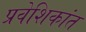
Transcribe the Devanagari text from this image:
प्रवेशिकांत